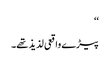
‘‘
پیڑے واقعی لذیذ تھے۔